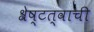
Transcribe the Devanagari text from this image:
श्रेष्टत्वाची